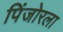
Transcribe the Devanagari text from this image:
पिंजोरला